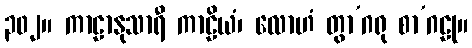
၃၀၂။ ကာဠာနုသာရီ ကာဠိယံ၊ လောဟံ တွာ’ဂရု စာ’ဂဠု။